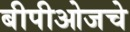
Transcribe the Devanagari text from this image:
बीपीओजचे